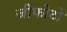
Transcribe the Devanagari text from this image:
जीफोटो